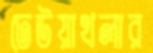
ঢেউয়াখলার